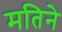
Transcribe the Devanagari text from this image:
मतिने